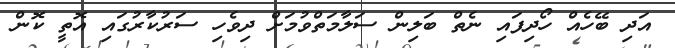
އަދި ބޭހެއް ހޯދިފައި ނެތް ބަލިން ސަލާމަތްވުމަށް ދިވެހި ސަރުކާރުގައި އޮތީ ކޮން